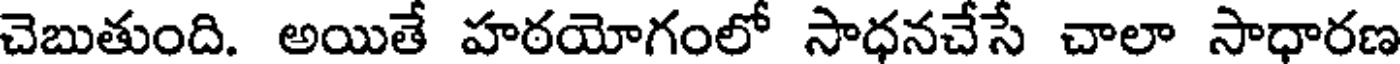
చెబుతుంది. అయితే హఠయోగంలో సాధనచేసే చాలా సాధారణ